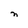
Character: n